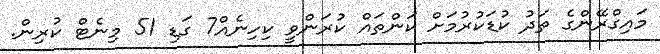
މައިގްރޭންގެ ތަދު ކުޑަކުރުމަށް ކަންތައް ކުރަންވީ ކިހިނެއް7 ގަޑި 51 މިނެޓް ކުރިން.